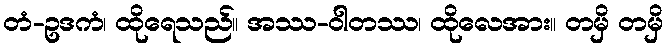
တံ-ဥဒကံ၊ ထိုရေသည်။ အဿ-ဝါတဿ၊ ထိုလေအား။ တမှိ တမှိ